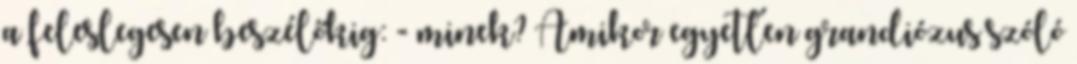
a feleslegesen beszélőkig: - minek? Amikor egyetlen grandiózus szóló